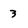
Character: 3